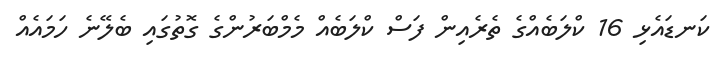
ކަނޑައެޅި 16 ކްލަބެއްގެ ތެރެއިން ފަސް ކްލަބެއް މެމްބަރުންގެ ގޮތުގައި ބެލޭނެ ހަމައެއް